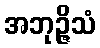
အဘုဉ္ဇိသံ